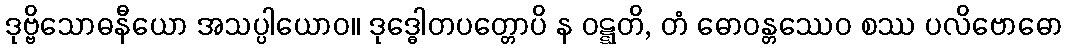
ဒုဗ္ဗိသောဓနီယော အသပ္ပါယောဝ။ ဒုဒ္ဓေါတပတ္တောပိ န ဝဋ္ဋတိ, တံ ဓောဝန္တဿေဝ စဿ ပလိဗောဓော